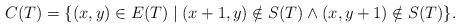
LaTeX: \begin{align*} C(T) = \{ (x, y) \in E(T) \;|\; (x + 1, y) \notin S(T) \wedge (x, y + 1) \notin S(T)\}. \end{align*}